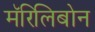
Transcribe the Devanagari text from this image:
मॅरिलिबोन